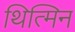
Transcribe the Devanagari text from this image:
थित्मिन